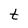
Character: t